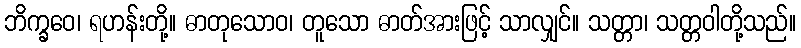
ဘိက္ခဝေ၊ ရဟန်းတို့။ ဓာတုသောဝ၊ တူသော ဓာတ်အားဖြင့် သာလျှင်။ သတ္တာ၊ သတ္တဝါတို့သည်။